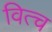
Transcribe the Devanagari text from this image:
वित्च